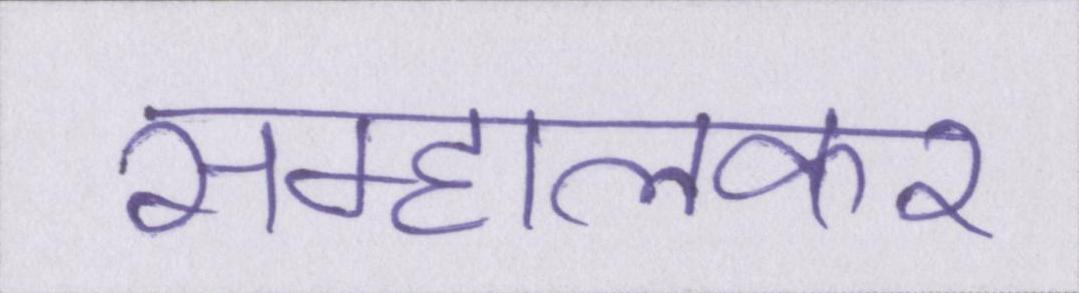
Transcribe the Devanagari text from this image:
सम्हालकर